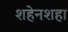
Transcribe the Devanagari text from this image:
शहेनशहा